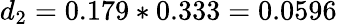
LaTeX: d_{2}=0.179*0.333=0.0596